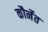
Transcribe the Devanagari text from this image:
कौर्नेत